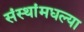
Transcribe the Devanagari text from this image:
संस्थांमधल्या